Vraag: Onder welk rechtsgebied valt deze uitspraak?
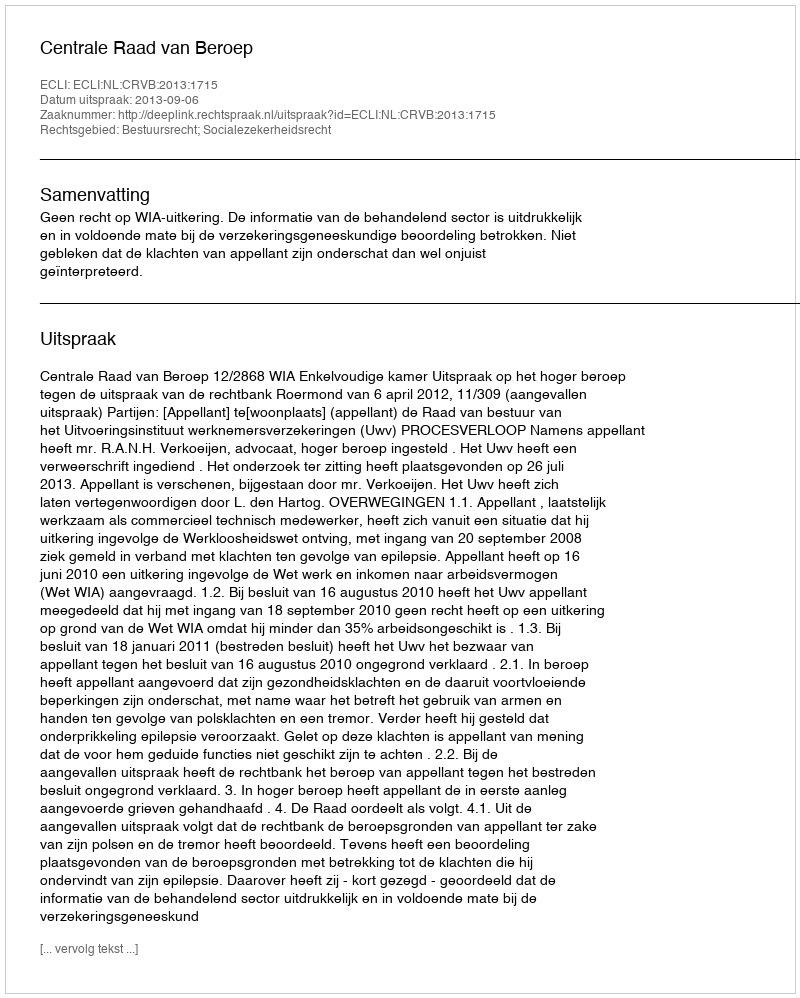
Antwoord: Bestuursrecht; Socialezekerheidsrecht